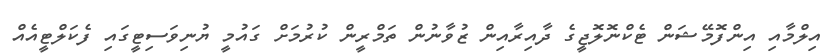
އިލްމާއި އިންފޮމޭޝަން ޓެކްނޮލޮޖީގެ ދާއިރާއިން ޒުވާނުން ތަމްރީން ކުރުމަށް ގައުމީ ޔުނިވަސިޓީގައި ފެކަލްޓީއެއް